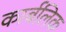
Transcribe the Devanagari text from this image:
कार्बलिक